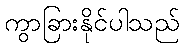
ကွာခြားနိုင်ပါသည်